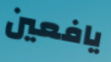
يافعين